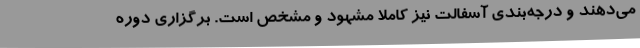
می‌دهند و درجه‌بندی آسفالت نیز کاملا مشهود و مشخص است. برگزاری دوره